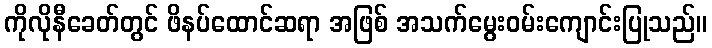
ကိုလိုနီခေတ်တွင် ဖိနပ်ထောင်ဆရာ အဖြစ် အသက်မွေးဝမ်းကျောင်းပြုသည်။